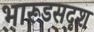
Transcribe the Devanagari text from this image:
भारूडसदृश